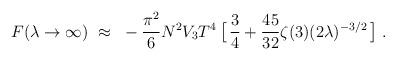
LaTeX: \begin{align*}{}F(\lambda\to\infty) ~\approx~ -\frac{\pi^2}{6}N^2V_3T^4\,\big[\,\frac{3}{4}+\frac{45}{32}\zeta(3)(2\lambda)^{-3/2}\,\big]\ . \end{align*}